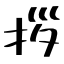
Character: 拶